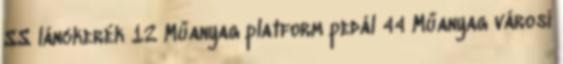
SS lánckerék 12 Műanyag platform pedál 44 Műanyag városi